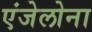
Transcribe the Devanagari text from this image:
एंजेलोना